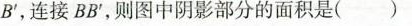
B'，连接BB'，则图中阴影部分的面积是( )